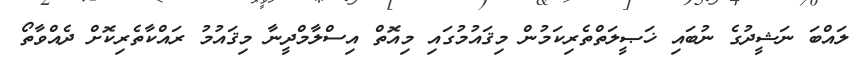
ލައްބަ ނަޝީދުގެ ނުބައި ޚަޞީލަތްތެރިކަމުން މިޤައުމުގައި މިއޮތް އިސްލާމްދީނާ މިޤައުމު ރައްކާތެރިކޮށް ދެއްވާތޯ